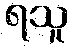
ရသူ